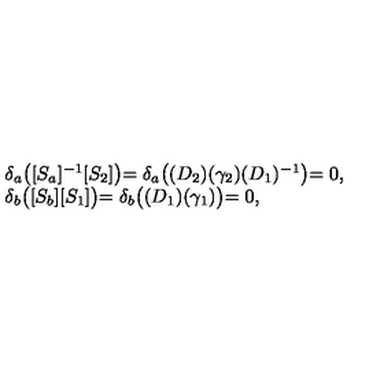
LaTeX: \left. \begin{array} { l } { \delta _ { a } \bigl ( [ S _ { a } ] ^ { - 1 } [ S _ { 2 } ] \bigl ) = \delta _ { a } \bigl ( ( D _ { 2 } ) ( \gamma _ { 2 } ) ( D _ { 1 } ) ^ { - 1 } \bigl ) = 0 , } \\ { \delta _ { b } \bigl ( [ S _ { b } ] [ S _ { 1 } ] \bigl ) = \delta _ { b } \bigl ( ( D _ { 1 } ) ( \gamma _ { 1 } ) \bigl ) = 0 , } \\ \end{array} \right.